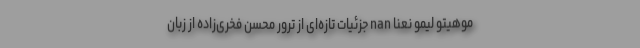
موهیتو لیمو نعنا nan جزئیات تازه‌ای از ترور محسن فخری‌زاده از زبان